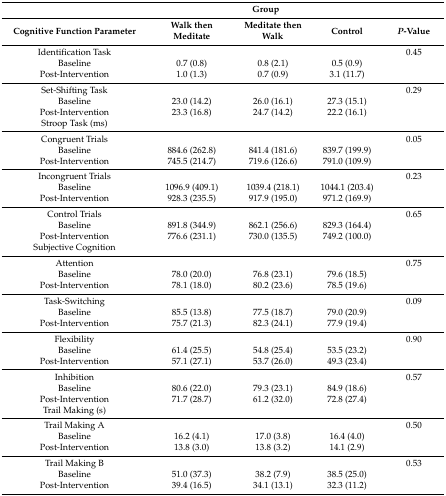
<table><thead><tr><td></td><td colspan="3"><b>Group</b></td><td></td></tr><tr><td><b>Cognitive Function Parameter</b></td><td><b>Walk then Meditate</b></td><td><b>Meditate then Walk</b></td><td><b>Control</b></td><td><b><i>P</i>-Value</b></td></tr></thead><tbody><tr><td>Identification Task</td><td></td><td></td><td></td><td>0.45</td></tr><tr><td>Baseline</td><td>0.7 (0.8)</td><td>0.8 (2.1)</td><td>0.5 (0.9)</td><td></td></tr><tr><td>Post-Intervention</td><td>1.0 (1.3)</td><td>0.7 (0.9)</td><td>3.1 (11.7)</td><td></td></tr><tr><td>Set-Shifting Task</td><td></td><td></td><td></td><td>0.29</td></tr><tr><td>Baseline</td><td>23.0 (14.2)</td><td>26.0 (16.1)</td><td>27.3 (15.1)</td><td></td></tr><tr><td>Post-Intervention</td><td>23.3 (16.8)</td><td>24.7 (14.2)</td><td>22.2 (16.1)</td><td></td></tr><tr><td>Stroop Task (ms)</td><td></td><td></td><td></td><td></td></tr><tr><td>Congruent Trials</td><td></td><td></td><td></td><td>0.05</td></tr><tr><td>Baseline</td><td>884.6 (262.8)</td><td>841.4 (181.6)</td><td>839.7 (199.9)</td><td></td></tr><tr><td>Post-Intervention</td><td>745.5 (214.7)</td><td>719.6 (126.6)</td><td>791.0 (109.9)</td><td></td></tr><tr><td>Incongruent Trials</td><td></td><td></td><td></td><td>0.23</td></tr><tr><td>Baseline</td><td>1096.9 (409.1)</td><td>1039.4 (218.1)</td><td>1044.1 (203.4)</td><td></td></tr><tr><td>Post-Intervention</td><td>928.3 (235.5)</td><td>917.9 (195.0)</td><td>971.2 (169.9)</td><td></td></tr><tr><td>Control Trials</td><td></td><td></td><td></td><td>0.65</td></tr><tr><td>Baseline</td><td>891.8 (344.9)</td><td>862.1 (256.6)</td><td>829.3 (164.4)</td><td></td></tr><tr><td>Post-Intervention</td><td>776.6 (231.1)</td><td>730.0 (135.5)</td><td>749.2 (100.0)</td><td></td></tr><tr><td>Subjective Cognition</td><td></td><td></td><td></td><td></td></tr><tr><td>Attention</td><td></td><td></td><td></td><td>0.75</td></tr><tr><td>Baseline</td><td>78.0 (20.0)</td><td>76.8 (23.1)</td><td>79.6 (18.5)</td><td></td></tr><tr><td>Post-Intervention</td><td>78.1 (18.0)</td><td>80.2 (23.6)</td><td>78.5 (19.6)</td><td></td></tr><tr><td>Task-Switching</td><td></td><td></td><td></td><td>0.09</td></tr><tr><td>Baseline</td><td>85.5 (13.8)</td><td>77.5 (18.7)</td><td>79.0 (20.9)</td><td></td></tr><tr><td>Post-Intervention</td><td>75.7 (21.3)</td><td>82.3 (24.1)</td><td>77.9 (19.4)</td><td></td></tr><tr><td>Flexibility</td><td></td><td></td><td></td><td>0.90</td></tr><tr><td>Baseline</td><td>61.4 (25.5)</td><td>54.8 (25.4)</td><td>53.5 (23.2)</td><td></td></tr><tr><td>Post-Intervention</td><td>57.1 (27.1)</td><td>53.7 (26.0)</td><td>49.3 (23.4)</td><td></td></tr><tr><td>Inhibition</td><td></td><td></td><td></td><td>0.57</td></tr><tr><td>Baseline</td><td>80.6 (22.0)</td><td>79.3 (23.1)</td><td>84.9 (18.6)</td><td></td></tr><tr><td>Post-Intervention</td><td>71.7 (28.7)</td><td>61.2 (32.0)</td><td>72.8 (27.4)</td><td></td></tr><tr><td>Trail Making (s)</td><td></td><td></td><td></td><td></td></tr><tr><td>Trail Making A</td><td></td><td></td><td></td><td>0.50</td></tr><tr><td>Baseline</td><td>16.2 (4.1)</td><td>17.0 (3.8)</td><td>16.4 (4.0)</td><td></td></tr><tr><td>Post-Intervention</td><td>13.8 (3.0)</td><td>13.8 (3.2)</td><td>14.1 (2.9)</td><td></td></tr><tr><td>Trail Making B</td><td></td><td></td><td></td><td>0.53</td></tr><tr><td>Baseline</td><td>51.0 (37.3)</td><td>38.2 (7.9)</td><td>38.5 (25.0)</td><td></td></tr><tr><td>Post-Intervention</td><td>39.4 (16.5)</td><td>34.1 (13.1)</td><td>32.3 (11.2)</td><td></td></tr></tbody></table>